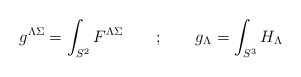
\begin{align*}g^{\Lambda\Sigma} = \int _{S^2}F^{\Lambda\Sigma} \qquad ; \qquad g_{\Lambda} = \int _{S^3} H_\Lambda\end{align*}